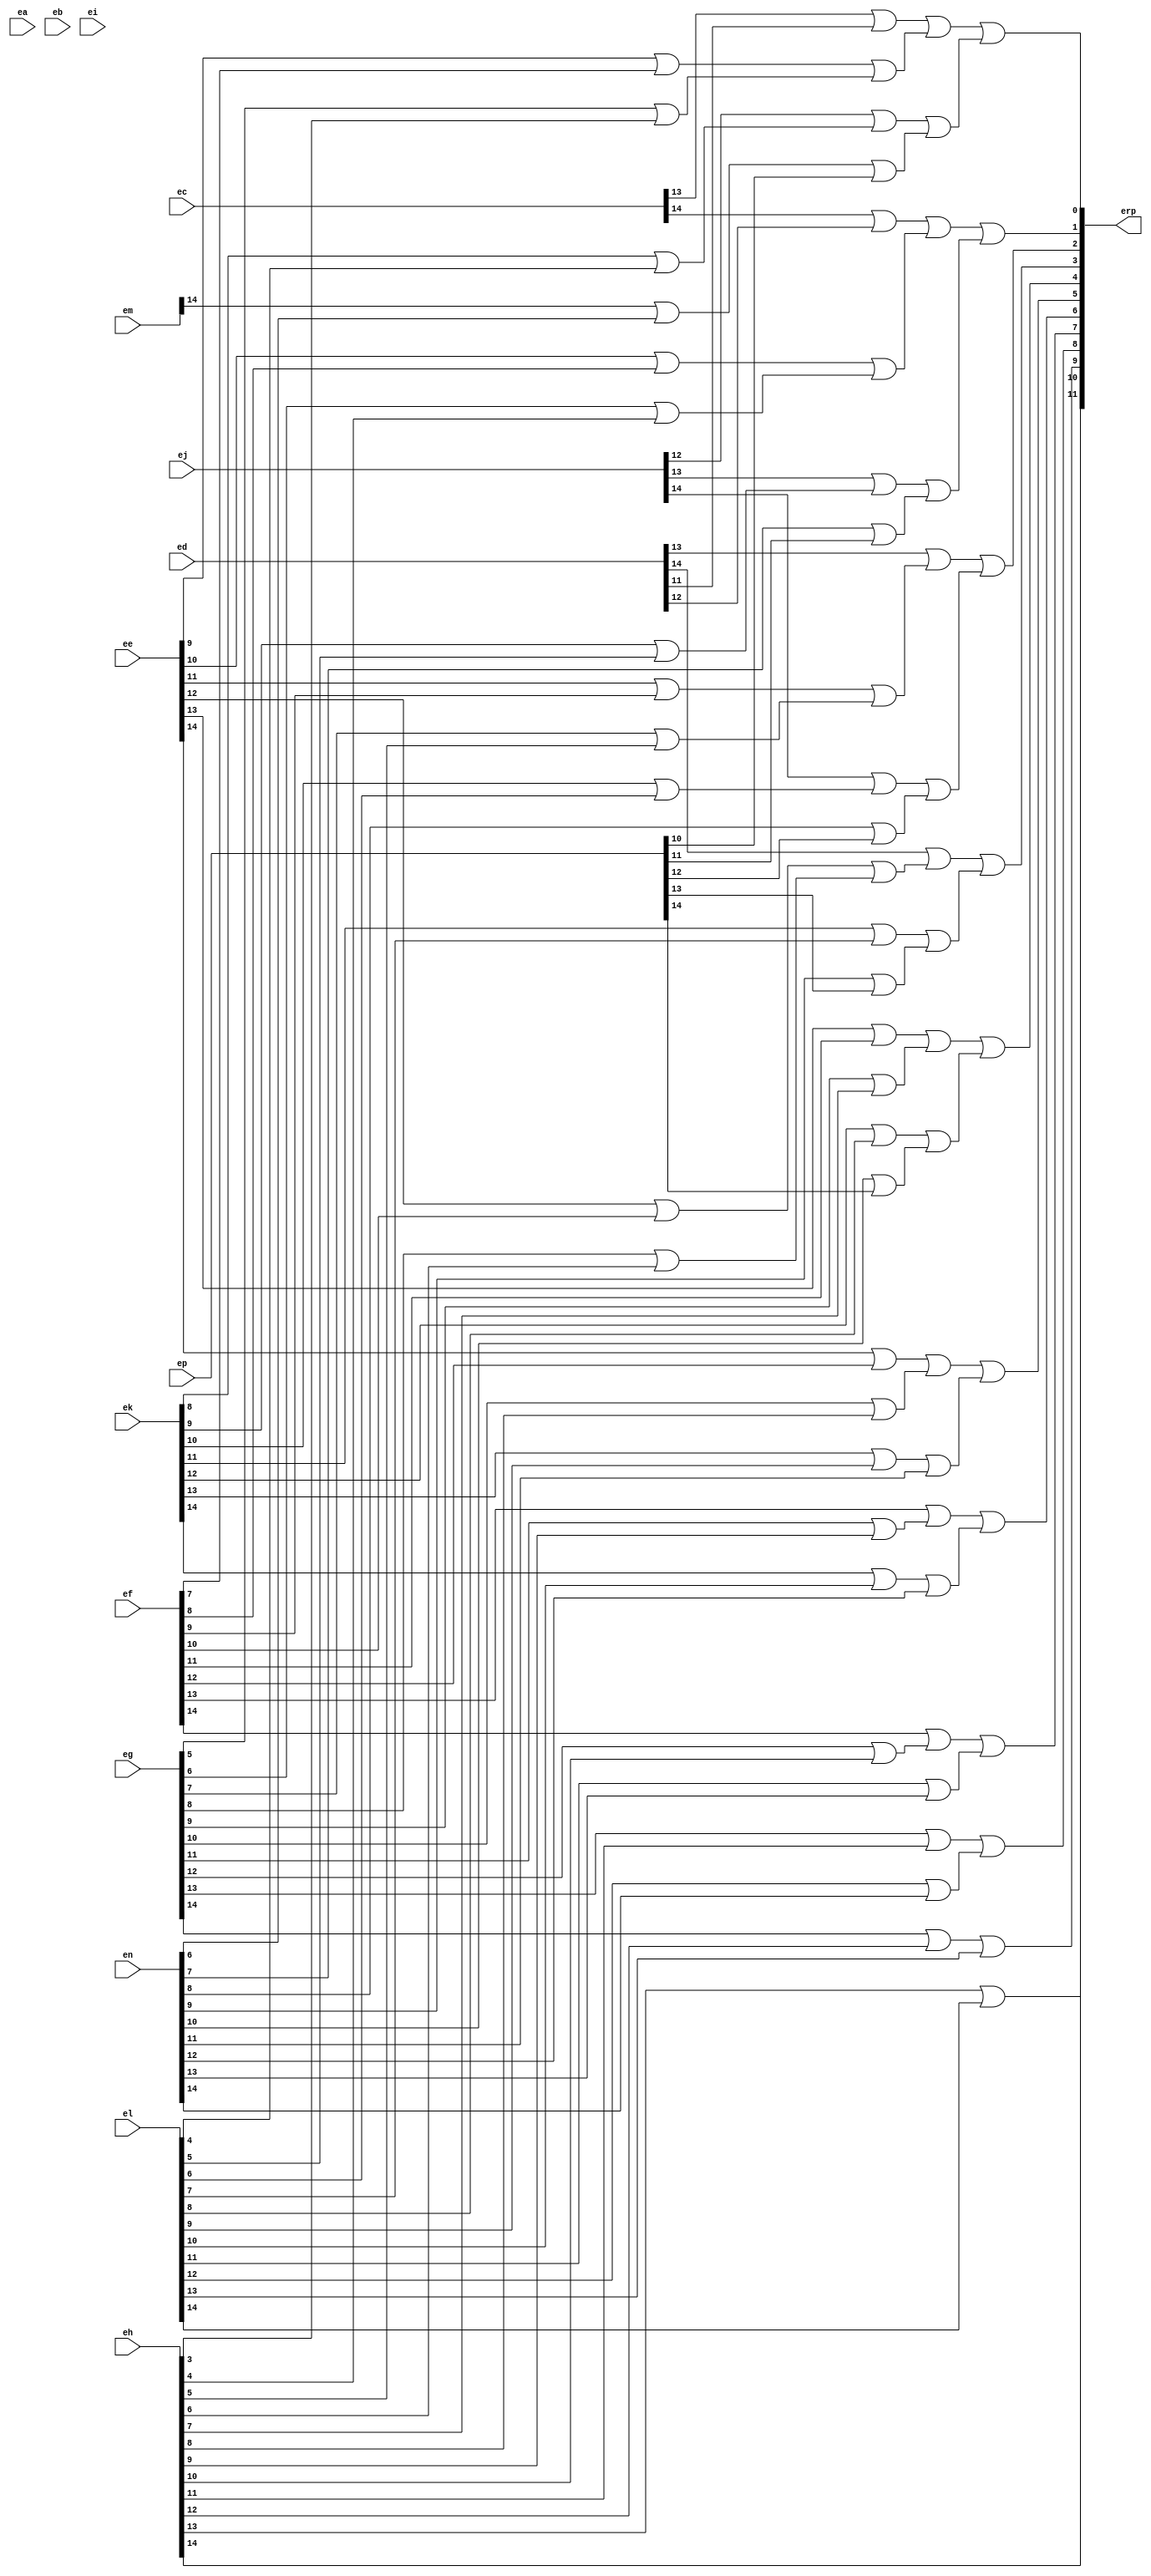


module Error1(erp, ea, eb, ec, ed, ee, ef, eg, eh, ei, ej, ek, el, em, en, ep);

input [17:3] ea;
input [19:5] eb;
input [21:7] ec;
input [23:9] ed;
input [25:11] ee;
input [27:13] ef;
input [29:15] eg;
input [31:17] eh;
input [18:4] ei;
input [22:8] ej;
input [26:12] ek;
input [30:16] el;
input [20:6] em;
input [28:14] en;
input [24:10] ep;

//layer1 results
wire [19:3] a;
wire [23:7] b;
wire [27:11] c;
wire [31:15] d;
wire [22:4] e;
wire [30:12] f;
wire [28:6] g;
wire [24:10] h;

//layer2 results
wire [23:3] i;
wire [31:11] j;
wire [30:4] k;
wire [28:6] l;

//layer3 results
wire [31:3] m;
wire [30:4] n;

//layer4 results
wire [31:3] p;

//final return value
output [31:20] erp;

//layer1 computations
//first two rows
genvar q;

generate
    for(q = 3; q < 5; q = q + 1)
        begin
            assign a[q] = ea[q];
        end
endgenerate

generate
    for(q = 5; q < 18; q = q + 1)
        begin
            or or_1(a[q], ea[q], eb[q]);
        end
endgenerate

generate
    for(q = 18; q < 20; q = q + 1)
        begin
            assign a[q] = eb[q];
        end
endgenerate

//second two rows
generate
    for(q = 7; q < 9; q = q + 1)
        begin
            assign b[q] = ec[q];
        end
endgenerate

generate
    for(q = 9; q < 22; q = q + 1)
        begin
            or or_2(b[q], ec[q], ed[q]);
        end
endgenerate

generate
    for(q = 22; q < 24; q = q + 1)
        begin
            assign b[q] = ed[q];
        end
endgenerate

//third two rows
generate
    for(q = 11; q < 13; q = q + 1)
        begin
            assign c[q] = ee[q];
        end
endgenerate

generate
    for(q = 13; q < 26; q = q + 1)
        begin
            or or_3(c[q], ee[q], ef[q]);
        end
endgenerate

generate
    for(q = 26; q < 28; q = q + 1)
        begin
            assign c[q] = ef[q];
        end
endgenerate

//fourth two rows
generate
    for(q = 15; q < 17; q = q + 1)
        begin
            assign d[q] = eg[q];
        end
endgenerate

generate
    for(q = 17; q < 30; q = q + 1)
        begin
            or or_4(d[q], eg[q], eh[q]);
        end
endgenerate

generate
    for(q = 30; q < 32; q = q + 1)
        begin
            assign d[q] = eh[q];
        end
endgenerate

//fifth two rows
generate
    for(q = 4; q < 8; q = q + 1)
        begin
            assign e[q] = ei[q];
        end
endgenerate

generate
    for(q = 8; q < 19; q = q + 1)
        begin
            or or_5(e[q], ei[q], ej[q]);
        end
endgenerate

generate
    for(q = 19; q < 23; q = q + 1)
        begin
            assign e[q] = ej[q];
        end
endgenerate

//sixth two rows
generate
    for(q = 12; q < 16; q = q + 1)
        begin
            assign f[q] = ek[q];
        end
endgenerate

generate
    for(q = 16; q < 27; q = q + 1)
        begin
            or or_6(f[q], ek[q], el[q]);
        end
endgenerate

generate
    for(q = 27; q < 31; q = q + 1)
        begin
            assign f[q] = el[q];
        end
endgenerate

//seventh two rows
generate
    for(q = 6; q < 14; q = q + 1)
        begin
            assign g[q] = em[q];
        end
endgenerate

generate
    for(q = 14; q < 21; q = q + 1)
        begin
            or or_7(g[q], em[q], en[q]);
        end
endgenerate

generate
    for(q = 21; q < 29; q = q + 1)
        begin
            assign g[q] = en[q];
        end
endgenerate

//eighth result assign
generate
    for(q = 10; q < 25; q = q + 1)
        begin
            assign h[q] = ep[q];
        end
endgenerate

//layer2 computations
//first two rows
generate
    for(q = 3; q < 7; q = q + 1)
        begin
            assign i[q] = a[q];
        end
endgenerate

generate
    for(q = 7; q < 20; q = q + 1)
        begin
            or or_8(i[q], a[q], b[q]);
        end
endgenerate

generate
    for(q = 20; q < 24; q = q + 1)
        begin
            assign i[q] = b[q];
        end
endgenerate

//second two rows
generate
    for(q = 11; q < 15; q = q + 1)
        begin
            assign j[q] = c[q];
        end
endgenerate

generate
    for(q = 15; q < 28; q = q + 1)
        begin
            or or_9(j[q], c[q], d[q]);
        end
endgenerate

generate
    for(q = 28; q < 32; q = q + 1)
        begin
            assign j[q] = d[q];
        end
endgenerate

//third two rows
generate
    for(q = 4; q < 12; q = q + 1)
        begin
            assign k[q] = e[q];
        end
endgenerate

generate
    for(q = 12; q < 23; q = q + 1)
        begin
            or or_10(k[q], e[q], f[q]);
        end
endgenerate

generate
    for(q = 23; q < 31; q = q + 1)
        begin
            assign k[q] = f[q];
        end
endgenerate

//fourth two rows
generate
    for(q = 6; q < 10; q = q + 1)
        begin
            assign l[q] = g[q];
        end
endgenerate

generate
    for(q = 10; q < 25; q = q + 1)
        begin
            or or_11(l[q], g[q], h[q]);
        end
endgenerate

generate
    for(q = 25; q < 29; q = q + 1)
        begin
            assign l[q] = g[q];
        end
endgenerate


//layer3 computations
//first two rows
generate
    for(q = 3; q < 11; q = q + 1)
        begin
            assign m[q] = i[q];
        end
endgenerate

generate
    for(q = 11; q < 24; q = q + 1)
        begin
            or or_12(m[q], i[q], j[q]);
        end
endgenerate

generate
    for(q = 24; q < 32; q = q + 1)
        begin
            assign m[q] = j[q];
        end
endgenerate

//second two rows
generate
    for(q = 4; q < 6; q = q + 1)
        begin
            assign n[q] = k[q];
        end
endgenerate

generate
    for(q = 6; q < 29; q = q + 1)
        begin
            or or_13(n[q], k[q], l[q]);
        end
endgenerate

generate
    for(q = 29; q < 31; q = q + 1)
        begin
            assign n[q] = k[q];
        end
endgenerate

//layer4 computations
generate
    for(q = 3; q < 4; q = q + 1)
        begin
            assign p[q] = m[q];
        end
endgenerate

generate
    for(q = 4; q < 31; q = q + 1)
        begin
            or or_14(p[q], m[q], n[q]);
        end
endgenerate

generate
    for(q = 31; q < 32; q = q + 1)
        begin
            assign p[q] = m[q];
        end
endgenerate

assign erp[31:20] = p[31:20];

endmodule